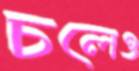
চলেও